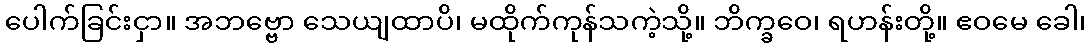
ပေါက်ခြင်းငှာ။ အဘဗ္ဗော သေယျထာပိ၊ မထိုက်ကုန်သကဲ့သို့။ ဘိက္ခဝေ၊ ရဟန်းတို့။ ဧဝမေ ခေါ၊